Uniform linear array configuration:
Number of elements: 32
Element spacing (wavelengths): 0.5
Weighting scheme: hamming
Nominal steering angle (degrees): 30
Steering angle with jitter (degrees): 30.809
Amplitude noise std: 0.05
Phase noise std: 0.05

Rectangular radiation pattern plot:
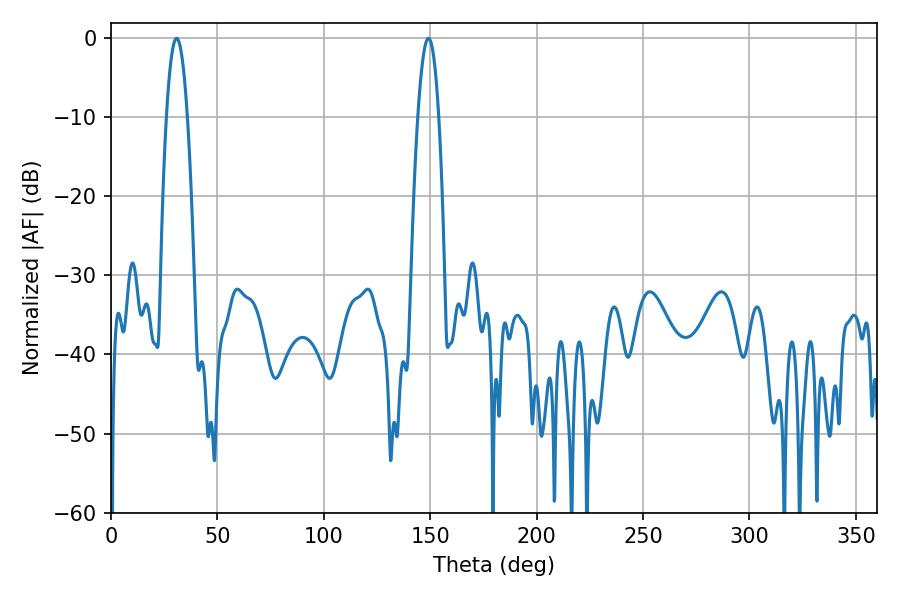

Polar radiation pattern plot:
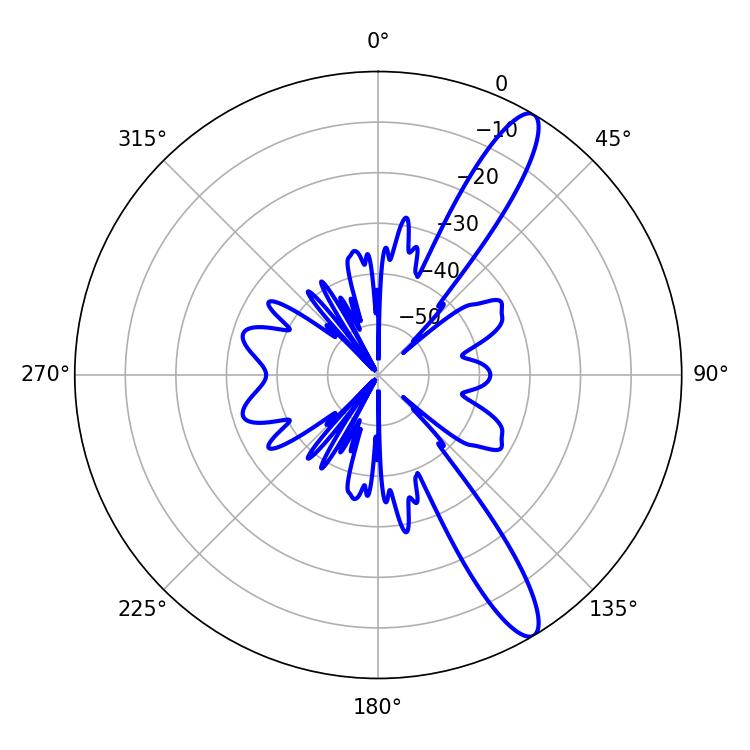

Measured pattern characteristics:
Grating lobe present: FALSE
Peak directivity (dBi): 12.805
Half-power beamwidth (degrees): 5.4
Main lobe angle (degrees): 30.78